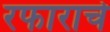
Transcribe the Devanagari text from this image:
रफाराचे